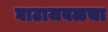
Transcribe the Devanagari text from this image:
घाटाजवळचा